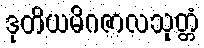
ဒုတိယမိဂဇာလသုတ္တံ